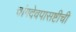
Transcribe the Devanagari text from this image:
चांगदेवपासष्टीची